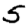
Digit: 5